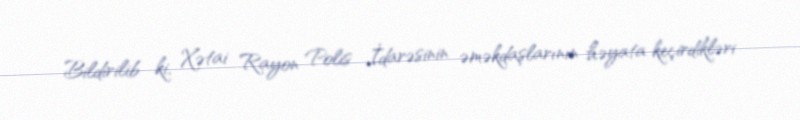
Bildirilib ki, Xətai Rayon Polis İdarəsinin əməkdaşlarının həyata keçirdikləri